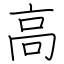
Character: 高